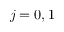
j = 0 , 1